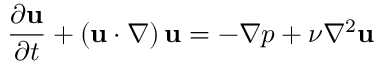
\frac { \partial { \bf { u } } } { \partial t } + \left( { { \bf { u } } \cdot \nabla } \right) { \bf { u } } = - \nabla p + \nu \nabla ^ { 2 } { \bf { u } }